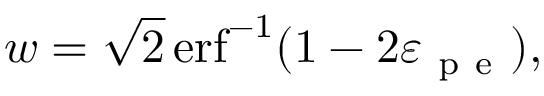
w = \sqrt { 2 } \operatorname { e r f } ^ { - 1 } ( 1 - 2 \varepsilon _ { \mathrm { ~ p ~ e ~ } } ) ,